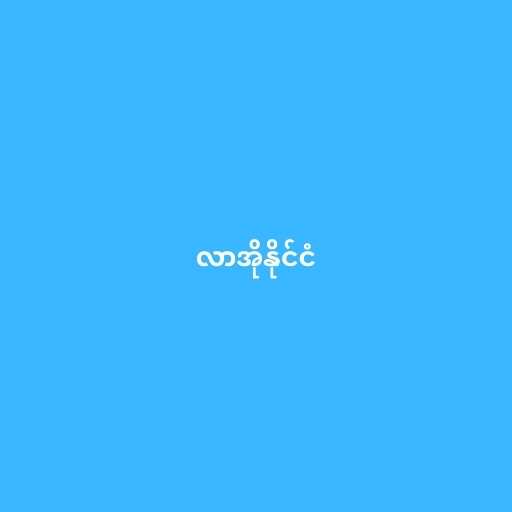
လာအိုနိုင်ငံ